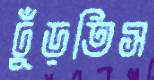
ঢুঁড়তিস